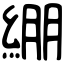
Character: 綳